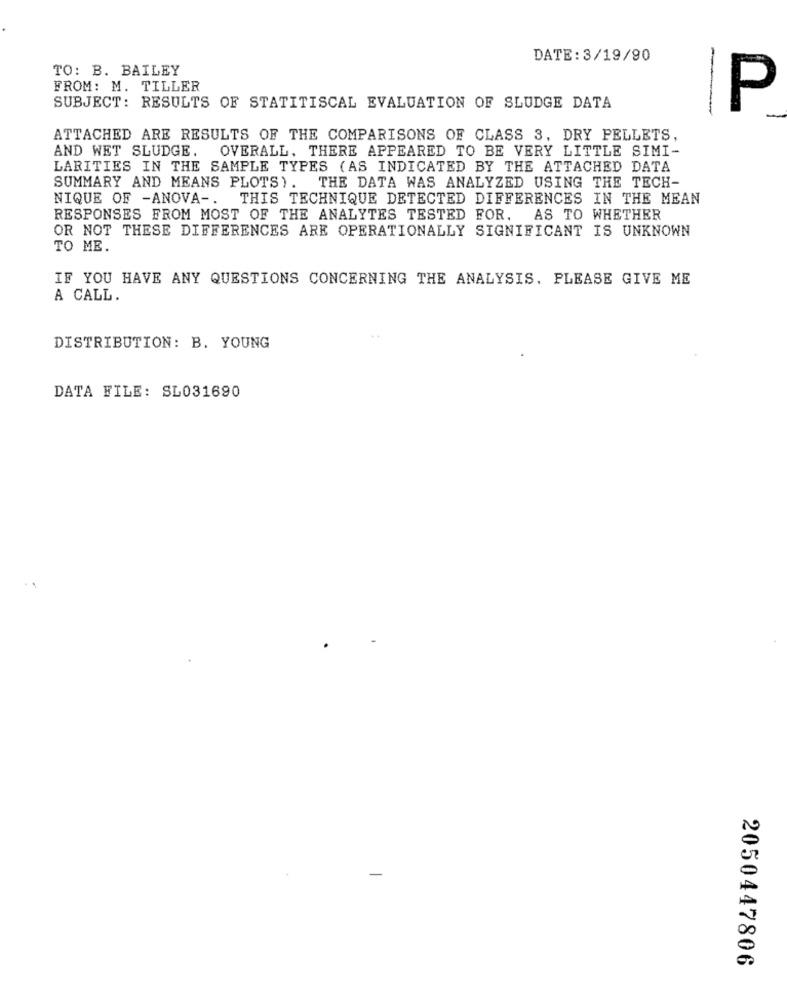
DATE: 3/19/90
TO: B. BAILEY
FROM: M. TILLER
P
SUBJECT: RESULTS OF STATITISCAL EVALUATION OF SLUDGE DATA
-
ATTACHED ARE RESULTS OF THE COMPARISONS OF CLASS 3, DRY PELLETS,
AND WET SLUDGE.
OVERALL, THERE APPEARED TO BE VERY LITTLE SIMI-
LARITIES IN THE SAMPLE TYPES (AS INDICATED BY THE ATTACHED DATA
SUMMARY AND MEANS PLOTS). THE DATA WAS ANALYZED USING THE TECH-
NIQUE OF -ANOVA -. THIS TECHNIQUE DETECTED DIFFERENCES IN THE MEAN
RESPONSES FROM MOST OF THE ANALYTES TESTED FOR.
AS TO WHETHER
OR NOT THESE DIFFERENCES ARE OPERATIONALLY SIGNIFICANT IS UNKNOWN
TO ME.
IF YOU HAVE ANY QUESTIONS CONCERNING THE ANALYSIS. PLEASE GIVE ME
A CALL.
DISTRIBUTION: B. YOUNG
DATA FILE: SL031690
2050447806